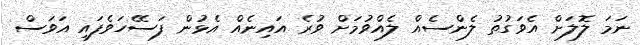
ނަމަ ލޮލަށް އެވަގުތު ލެންސެއް ލެއްވުމަށް ވުރެ އައިނެއް އެޅުން ފަސޭހަވެފައި އަވަސް